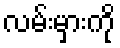
လမ်းမှားကို